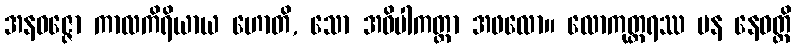
အနဝဇ္ဇော ကာလကိရိယာယ ဟောတိ, သော အဝိပါကတ္တာ အဖလော။ လောကုတ္တရဿ ပန နေဝတ္ထိ